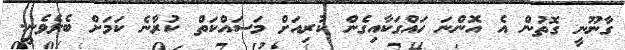
ގާނޫނީ ގޮތުން އެ އޮންނަ ހައްގަކާއިގެން ކުރިއަށް މަސައްކަތް ކުރާނެ ކަމަށް ބެލެވެނީ.